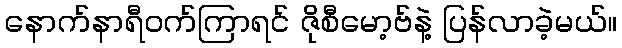
နောက်နာရီဝက်ကြာရင် ဇိုစီမော့ဗ်နဲ့ ပြန်လာခဲ့မယ်။